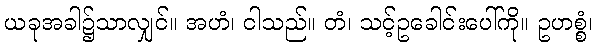
ယခုအခါ၌သာလျှင်။ အဟံ၊ ငါသည်။ တံ၊ သင့်ဥခေါင်းပေါ်ကို။ ဥဟစ္စံ၊